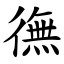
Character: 㣳